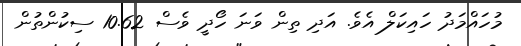
މުހައްމަދު ހައިކަލް އެވެ. އަދި ތިން ވަނަ ހޯދީ ވެސް 10.62 ސިކުންތުން